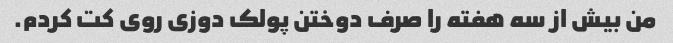
من بیش از سه هفته را صرف دوختن پولک دوزی روی کت کردم.